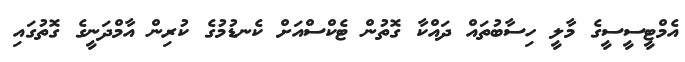
އެމްޓީސީސީގެ މާލީ ހިސާބުތައް ދައްކާ ގޮތުން ޓެކްސްއަށް ކެނޑުމުގެ ކުރިން އާމްދަނީގެ ގޮތުގައި